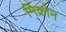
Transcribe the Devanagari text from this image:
मिक्रोन